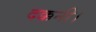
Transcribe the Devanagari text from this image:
दक्कनी।